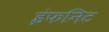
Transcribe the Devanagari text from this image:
इंफनिट